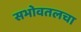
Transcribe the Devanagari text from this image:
सभोवतलचा